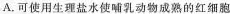
A.可使用生理盐水使哺乳动物成熟的红细胞